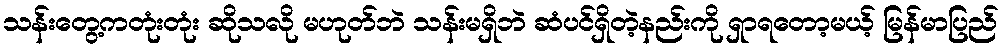
သန်းတွေ့ကတုံးတုံး ဆိုသလို မဟုတ်ဘဲ သန်းမရှိဘဲ ဆံပင်ရှိတဲ့နည်းကို ရှာရတော့မယ့် မြန်မာပြည်